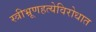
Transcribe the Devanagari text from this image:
स्त्रीभ्रूणहत्येविरोधात